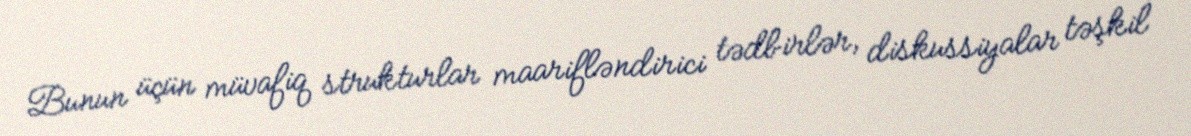
Bunun üçün müvafiq strukturlar maarifləndirici tədbirlər, diskussiyalar təşkil